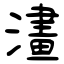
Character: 澅